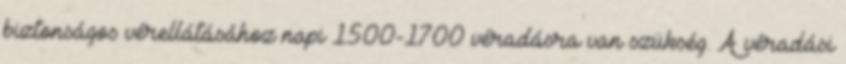
biztonságos vérellátásához napi 1500-1700 véradásra van szükség. A véradási